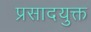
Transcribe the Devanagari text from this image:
प्रसादयुक्त